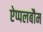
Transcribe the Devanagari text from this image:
ऐप्पलबौम